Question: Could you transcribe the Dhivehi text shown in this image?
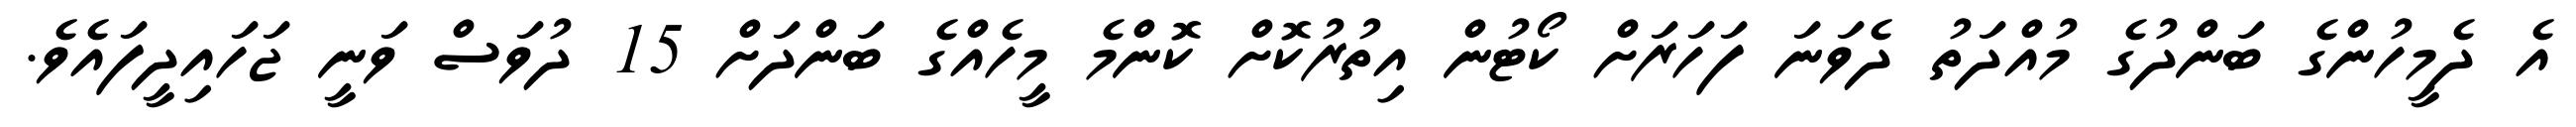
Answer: އެ ދެމީހުންގެ ބަންދުގެ މުއްދަތު ދެވަނަ ފަހަރަށް ކޯޓުން އިތުރުކޮށް ކޮންމެ މީހެއްގެ ބަންދަށް 15 ދުވަސް ވަނީ ޖަހައިދީފައެވެ.